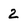
Character: 2